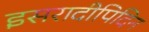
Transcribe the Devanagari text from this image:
इसरादीपिदिन